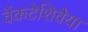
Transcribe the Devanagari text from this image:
वेंकटेशिवैया